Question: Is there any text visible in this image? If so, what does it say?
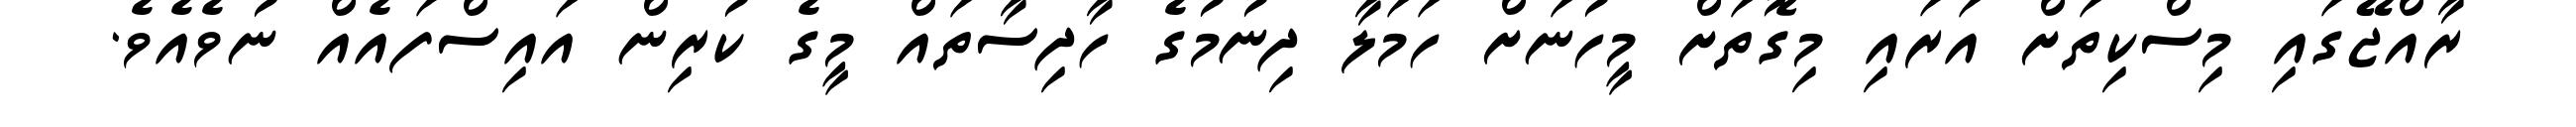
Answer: ރާއްޖޭގައި މިސްކިތަށް އަރައި މިގޮތަށް މީހުނަށް ހަމަލާ ދިނުމުގެ ހާދިސާތައް މީގެ ކުރިން އައިސްފައެއް ނުވެއެވެ.